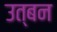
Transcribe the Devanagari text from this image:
उत्बन